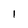
Character: I